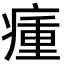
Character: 瘇